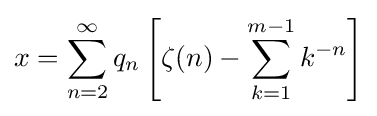
x=\sum _{n=2}^{\infty }q_{n}\left[\zeta (n)-\sum _{k=1}^{m-1}k^{-n}\right]